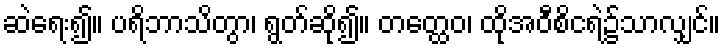
ဆဲရေး၍။ ပရိဘာသိတွာ၊ ရွတ်ဆို၍။ တတ္ထေဝ၊ ထိုအဝီစိငရဲ၌သာလျှင်။